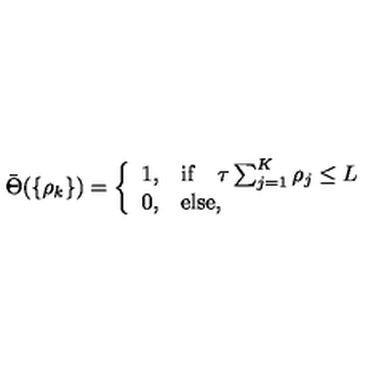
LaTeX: \bar { \Theta } ( \{ \rho _ { k } \} ) = \left\{ \begin{array} { l l } { 1 , } & { \mathrm { i f } \quad \tau \sum _ { j = 1 } ^ { K } \rho _ { j } \le L } \\ { 0 , } & { \mathrm { e l s e } , } \\ \end{array} \right.